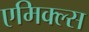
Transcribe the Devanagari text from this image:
एमिक्ल्स